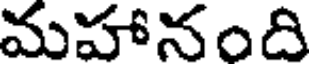
మహానంది